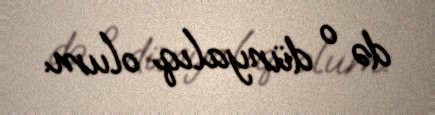
də o dünyalıq olum.